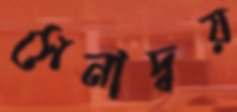
সেনাদ্বয়